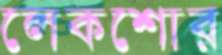
লেকশোর